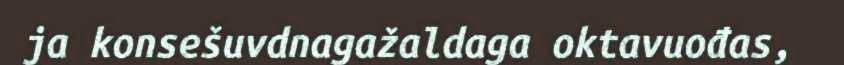
ja konsešuvdnagažaldaga oktavuođas,